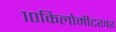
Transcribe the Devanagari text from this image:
१०किलोमीटरवर